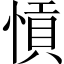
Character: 愩